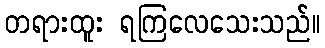
တရားထူး ရကြလေသေးသည်။